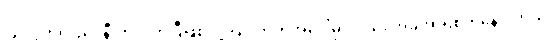
ပြိုင်ပွဲကလည်း နီးကပ်လာပြီဖြစ်လို့ ပြိုင်ဘက်အပေါ်မှာလည်း အခုအာရုံစိုက်နေပါတယ်။